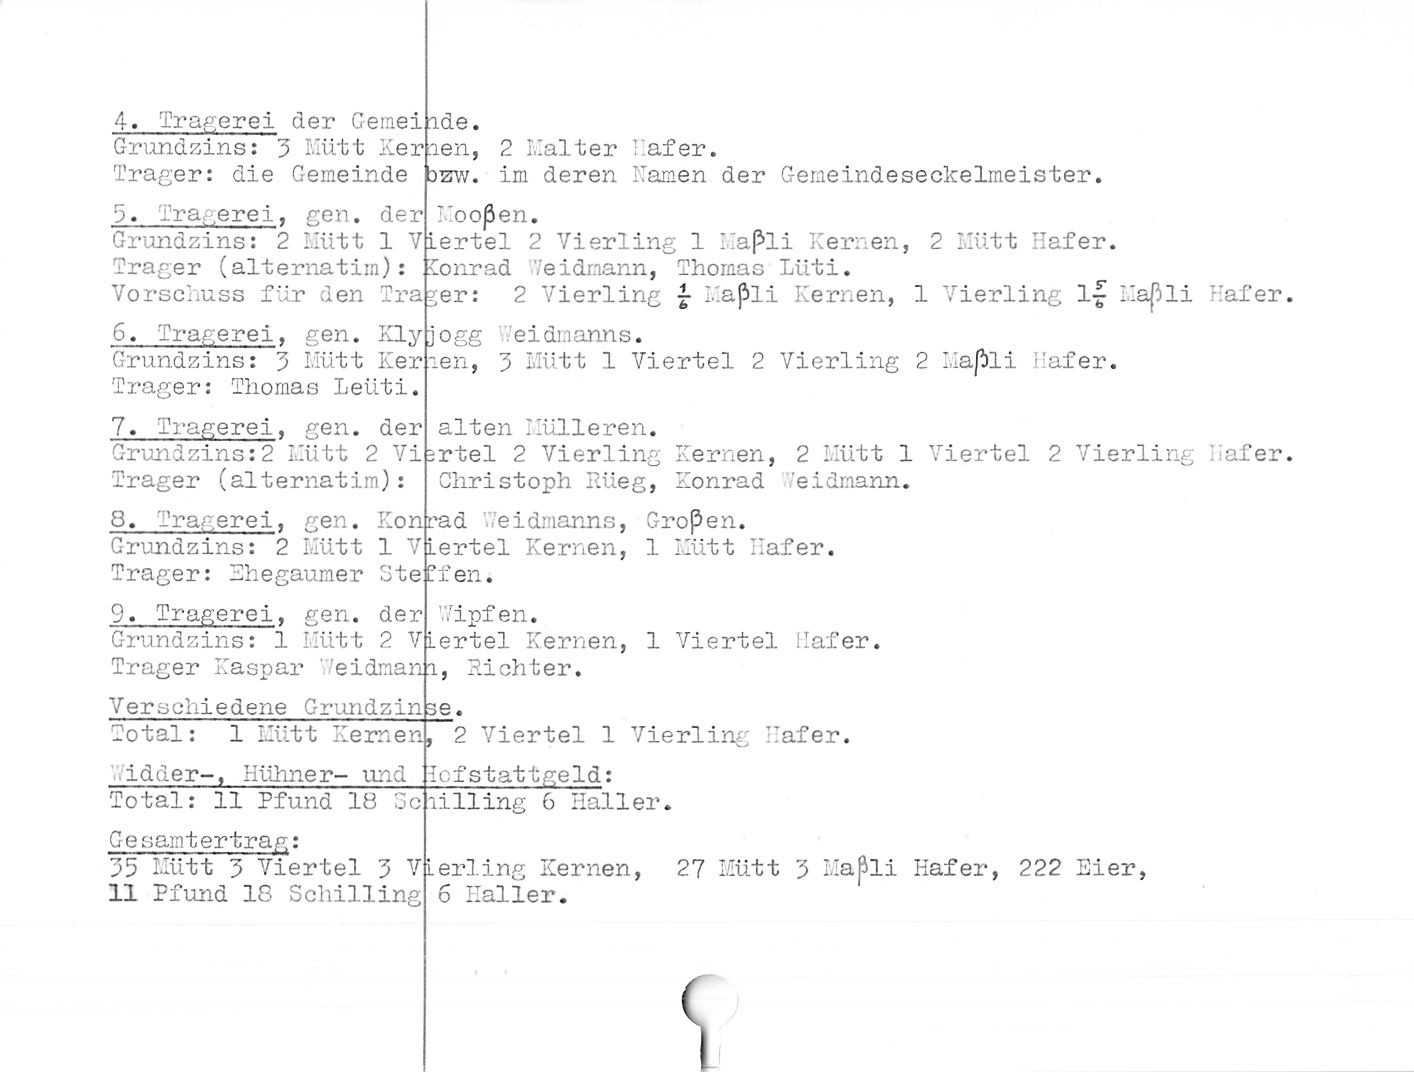
4. Trauerei der Ceraei
Grundzins: 5 Mütt Ker
Träger: die Gemeinde

ide.

aen, 2 Kalter Hafer.

szw. im deren Kamen der Gemeindeseckelmeister.

5.

Tra. erei, gen. der

Grundzins: 2 Mütt 1 V
Träger (alternatim):
Vorschuss für den Tra

6. Tragerei, gen. Klyp
Grundzins: 9 Mütt Ker
Träger: Thomas Leiiti.

Kooßen.

Lertel 2 Vierling 1 Kaßli Kernen, 2 Mütt Hafer.

Conrad Veidmann, Thomas lüti.

;er: 2 Vierling f Kaßli Kernen, 1 Vierling 1^ Kaßli Hafer,

ogg eidmanns.

len, 9 Mütt 1 Viertel 2 Vierling 2 Kaßli Hafer.

7. Tragerei, gen. der
Grundzins:2 Mütt 2 Vi
Träger (alternatim):

8. Tragerei, gen. Ko
Grundzins: 2 Mütt 1
Träger: Ehegaumer Ste

9. Tragerei, gen. der
Grundzins: 1 Mütt 2
Träger Kaspar ’eidmanh

VL

Verschiedene Grundzinse.

Total: 1 Mütt Kernen

idder-, Kühner- msd

Total: 11 Pfund 18 5c

Gesamtertrag:

95 Mütt 5 Viertel 9 VL
11 Pfund 18 Schilling

alten Kulleren.

rtel 2 Vierling Kernen, 2 Mütt 1 Viertel 2 Vierling Hafer.
Christoph Rüeg, Konrad eidmann.

d eidmanns, Großen,
iertel Kernen, 1 Mütt Hafer,
f en.

nra

VL

’Vipf en.

ertel Kernen, 1 Viertel Hafer.
, Richter.

2 Viertel 1 Vierling Hafer.
lofStattgeld:

lilling 6 Haller.

erling Kernen, 27 Mütt 5 Mapli Hafer, 222 Eier,
6 Haller.